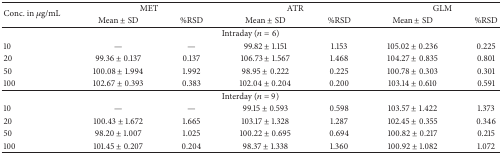
<table><thead><tr><td rowspan="2"><b>Conc. in <i>μ</i>g/mL</b></td><td colspan="2"><b>MET</b></td><td colspan="2"><b>ATR</b></td><td colspan="2"><b>GLM</b></td></tr><tr><td><b>Mean ± SD</b></td><td><b>%RSD</b></td><td><b>Mean ± SD</b></td><td><b>%RSD</b></td><td><b>Mean ± SD</b></td><td><b>%RSD</b></td></tr></thead><tbody><tr><td colspan="7">Intraday (<i>n</i> = 6)</td></tr><tr><td>10</td><td>—</td><td>—</td><td>99.82 ± 1.151</td><td>1.153</td><td>105.02 ± 0.236</td><td>0.225</td></tr><tr><td>20</td><td>99.36 ± 0.137</td><td>0.137</td><td>106.73 ± 1.567</td><td>1.468</td><td>104.27 ± 0.835</td><td>0.801</td></tr><tr><td>50</td><td>100.08 ± 1.994</td><td>1.992</td><td>98.95 ± 0.222</td><td>0.225</td><td>100.78 ± 0.303</td><td>0.301</td></tr><tr><td>100</td><td>102.67 ± 0.393</td><td>0.383</td><td>102.04 ± 0.204</td><td>0.200</td><td>103.14 ± 0.610</td><td>0.591</td></tr><tr><td colspan="7">Interday (<i>n</i> = 9)</td></tr><tr><td>10</td><td>—</td><td>—</td><td>99.15 ± 0.593</td><td>0.598</td><td>103.57 ± 1.422</td><td>1.373</td></tr><tr><td>20</td><td>100.43 ± 1.672</td><td>1.665</td><td>103.17 ± 1.328</td><td>1.287</td><td>102.45 ± 0.355</td><td>0.346</td></tr><tr><td>50</td><td>98.20 ± 1.007</td><td>1.025</td><td>100.22 ± 0.695</td><td>0.694</td><td>100.82 ± 0.217</td><td>0.215</td></tr><tr><td>100</td><td>101.45 ± 0.207</td><td>0.204</td><td>98.37 ± 1.338</td><td>1.360</td><td>100.92 ± 1.082</td><td>1.072</td></tr></tbody></table>